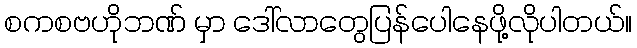
စကစဗဟိုဘဏ် မှာ ဒေါ်လာတွေပြန်ပေါနေဖို့လိုပါတယ်။